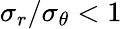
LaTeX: \sigma_{r}/\sigma_{\theta}<1